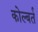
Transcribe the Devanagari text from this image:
कोल्बर्त